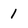
Character: 1